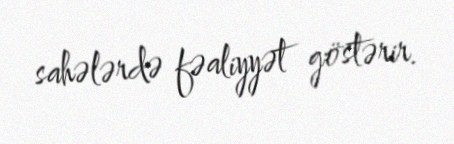
sahələrdə fəaliyyət göstərir.